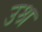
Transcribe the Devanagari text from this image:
उश्र